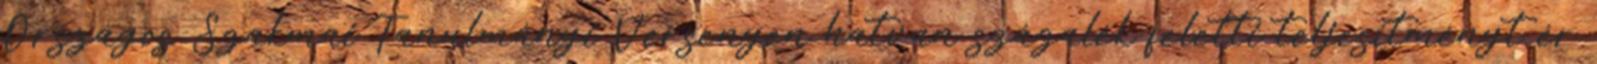
Országos Szakmai Tanulmányi Versenyen hatvan százalék feletti teljesítményt ér